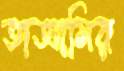
তাআমির